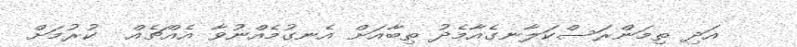
އަދި ތިމަންރަސްކަލާނގެއާމެދު ތިބާއަށް އެނގުމެއްނުވާ އެއްޗެއް  ކުރުމަށް